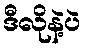
ဒီလိုနဲ့ပဲ